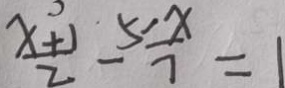
\frac { x + 1 } { 2 } - \frac { 5 - x } { 7 } = 1